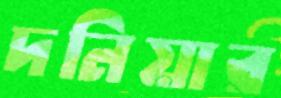
দনিয়ার